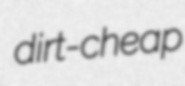
dirt-cheap